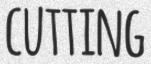
CUTTING